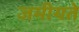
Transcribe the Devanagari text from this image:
जमीयते